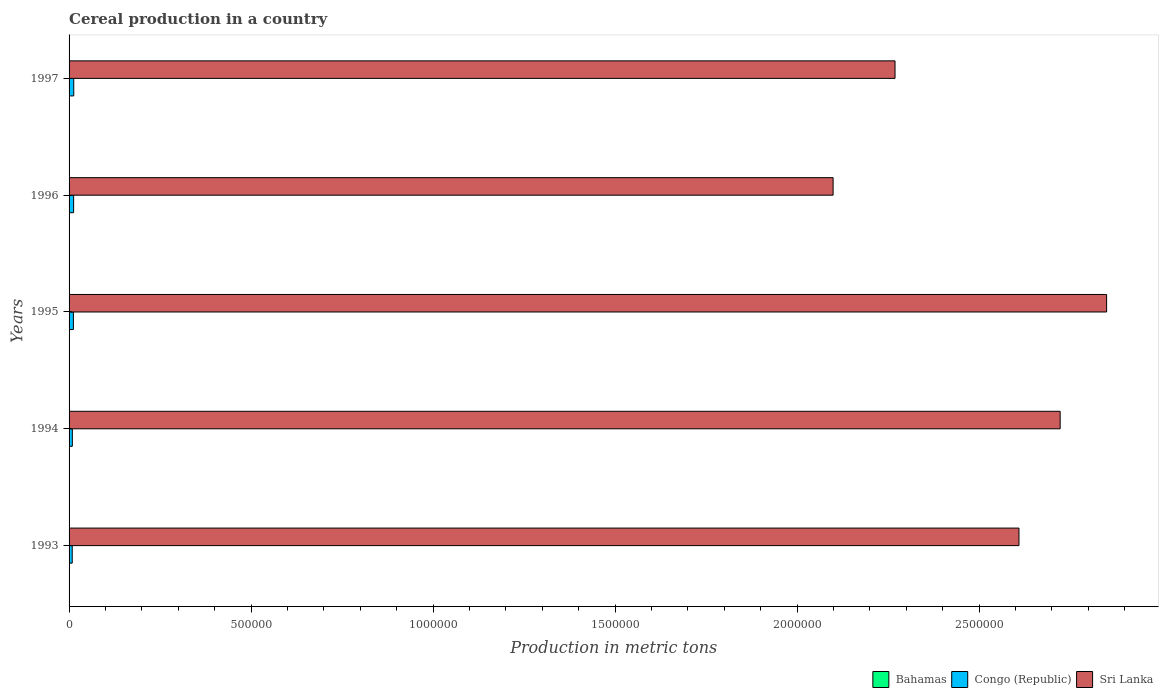
| Years | Bahamas | Congo (Republic) | Sri Lanka |
 | --- | --- | --- | --- |
 | 1993 | 400 | 8.66e+03 | 2.61e+06 |
 | 1994 | 312 | 8.97e+03 | 2.72e+06 |
 | 1995 | 312 | 1.18e+04 | 2.85e+06 |
 | 1996 | 312 | 1.25e+04 | 2.1e+06 |
 | 1997 | 348 | 1.28e+04 | 2.27e+06 |